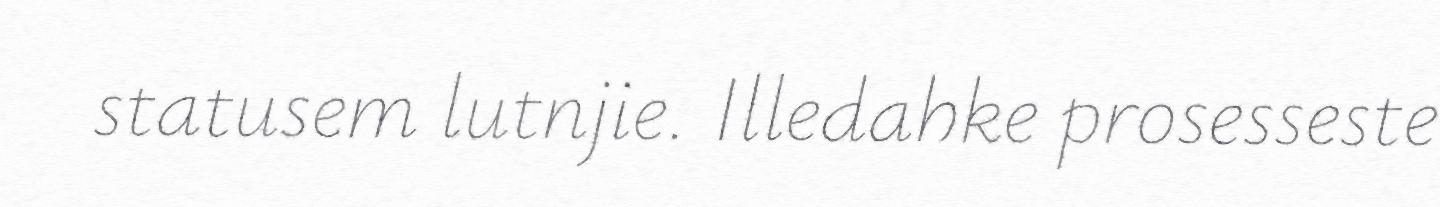
statusem lutnjie. Illedahke prosesseste